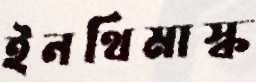
ইনথিমাস্ক